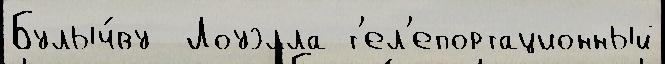
Булыч́ву  Лоуэлла т'ел'епортационный